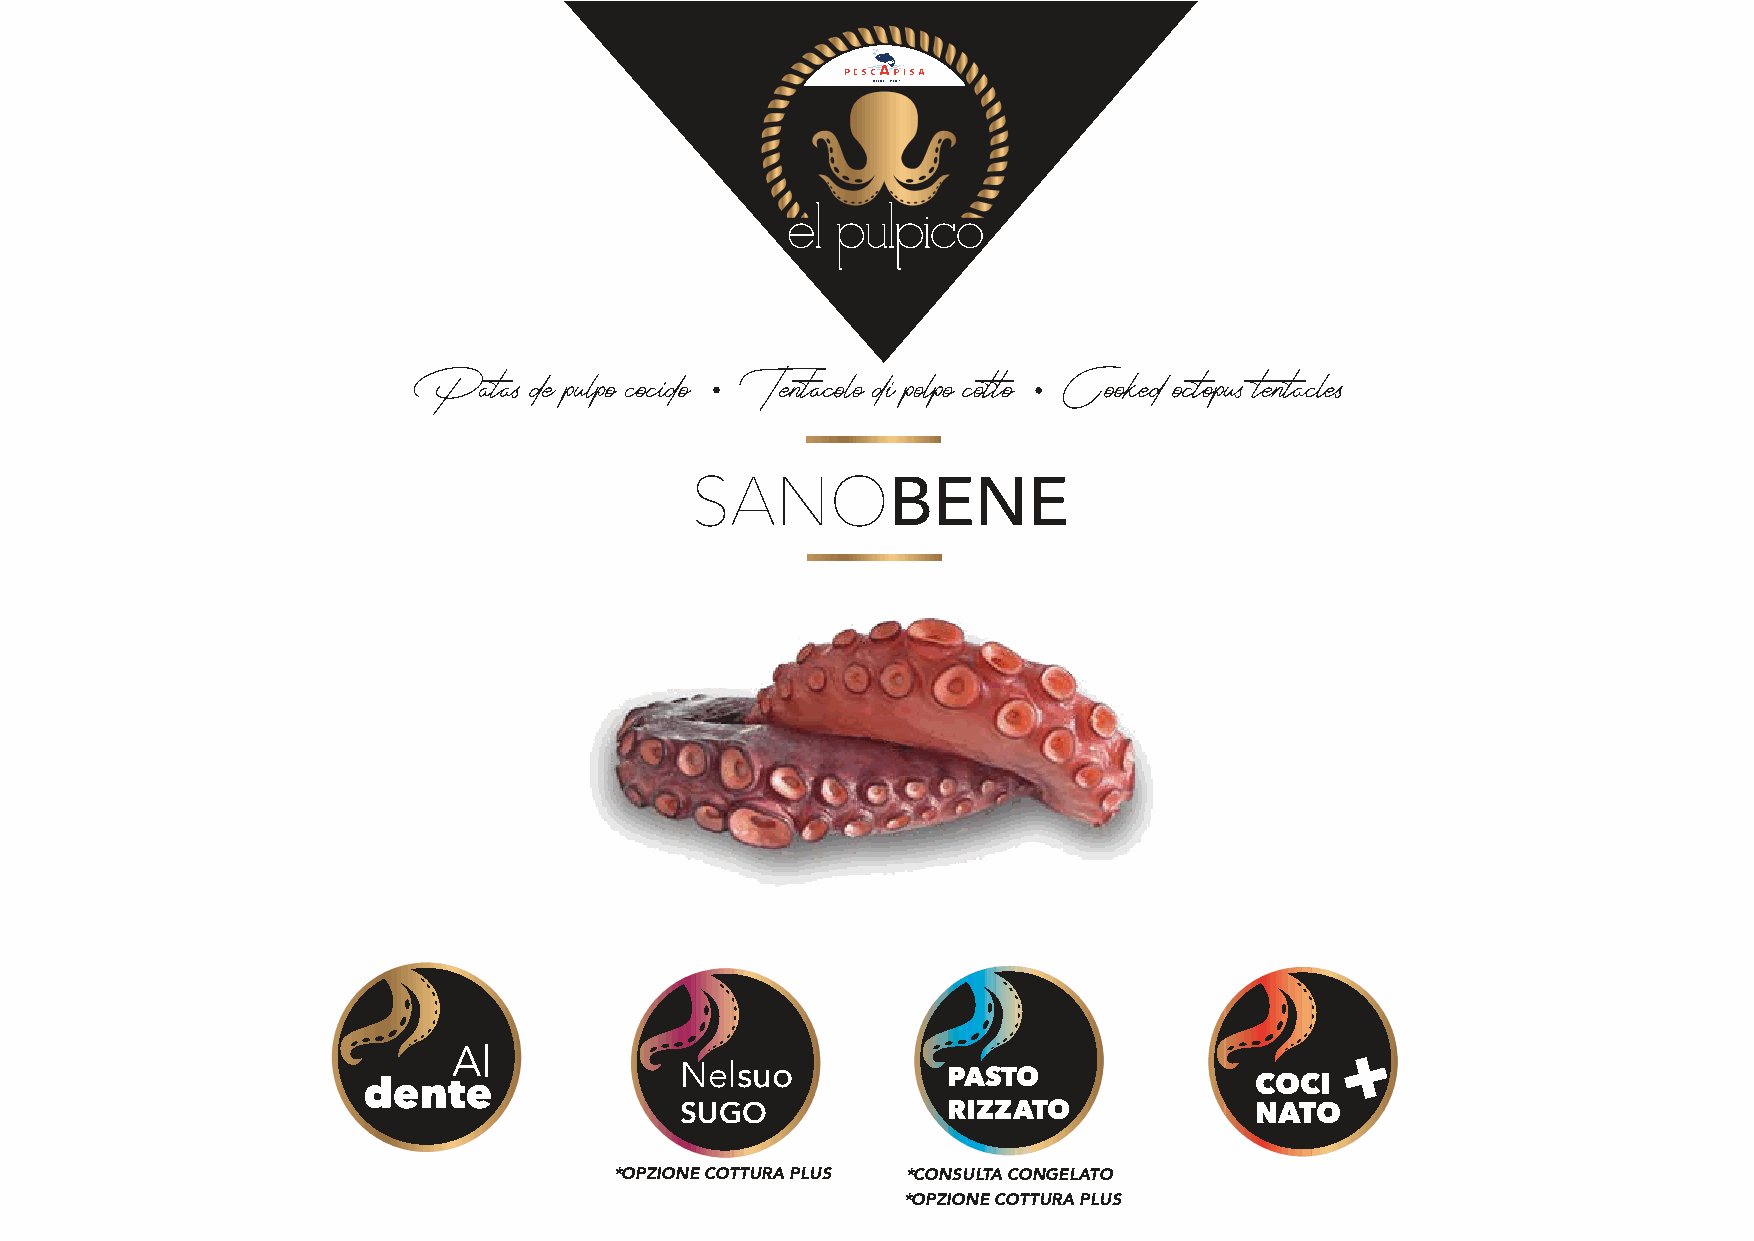
SANOBENE
 +
 Nelsuo            PASTO               COCI
 SUGO              RIZZATO             NATO
 *OPZIONE COTTURA PLUS *CONSULTA CONGELATO
 *OPZIONE COTTURA PLUS